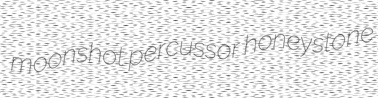
moonshot percussor honeystone